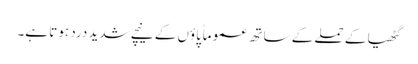
گٹھیا کے حملے کے ساتھ عموماً پاؤں کے نیچے شدید درد ہوتا ہے۔